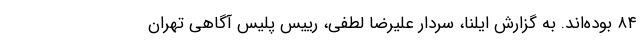
۸۴ بوده‌اند. به گزارش ایلنا، سردار علیرضا لطفی، رییس پلیس آگاهی تهران